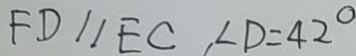
F D / / E C , \angle D = 4 2 ^ { \circ }